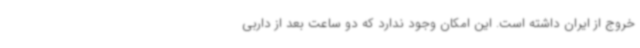
خروج از ایران داشته است. این امکان وجود ندارد که دو ساعت بعد از داربی